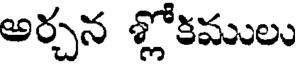
అర్చన శ్లోకములు